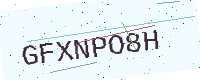
Text: GFXNPO8H